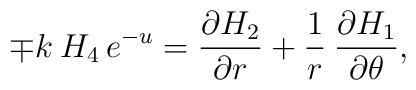
{\mp k\:H_{4}}\,{e\sp{-u}}=\frac{\partial H_{2}}{\partial r}+\frac{1}{r}\:\frac{\partial H_{1}}{\partial\theta},